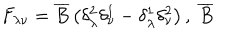
F _ { \lambda \nu } = \overline { { { B } } } \left( \delta _ { \lambda } ^ { 2 } \delta _ { \nu } ^ { 1 } - \delta _ { \lambda } ^ { 1 } \delta _ { \nu } ^ { 2 } \right) , \; \overline { { { B } } }